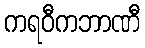
ကရဝီကဘာဏီ